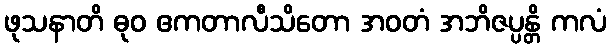
ဖုသနာတိ ဓုဝ ဧကတာလီသိတော အဝတံ အဘိဇပ္ပန္တိ ကလံ